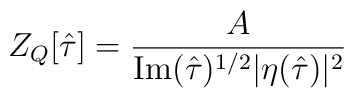
Z_Q[\hat \tau] = \frac{A}{\mbox{Im}(\hat \tau)^{1/2}|\eta(\hat\tau)|^2}